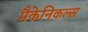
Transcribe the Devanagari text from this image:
मैकेनिकल्स